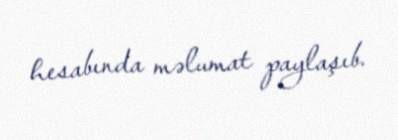
hesabında məlumat paylaşıb.